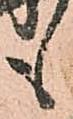
も